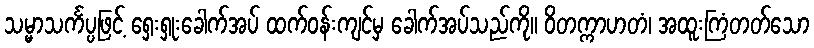
သမ္မာသင်္ကပ္ပဖြင့် ရှေးရှုးခေါက်အပ် ထက်ဝန်းကျင်မှ ခေါက်အပ်သည်ကို။ ဝိတက္ကာဟတံ၊ အထူးကြံတတ်သော